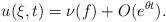
LaTeX: \begin{align*} u(\xi,t)=\nu(f)+O(e^{\theta t}).\end{align*}